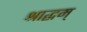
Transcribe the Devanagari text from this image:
श्राद्धम्‌